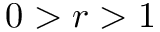
0 > r > 1